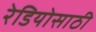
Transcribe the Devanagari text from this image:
रेडियोसाठी